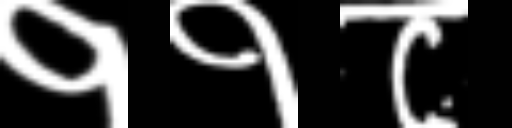
Text: ११८